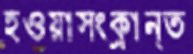
হওয়াসংক্রান্ত